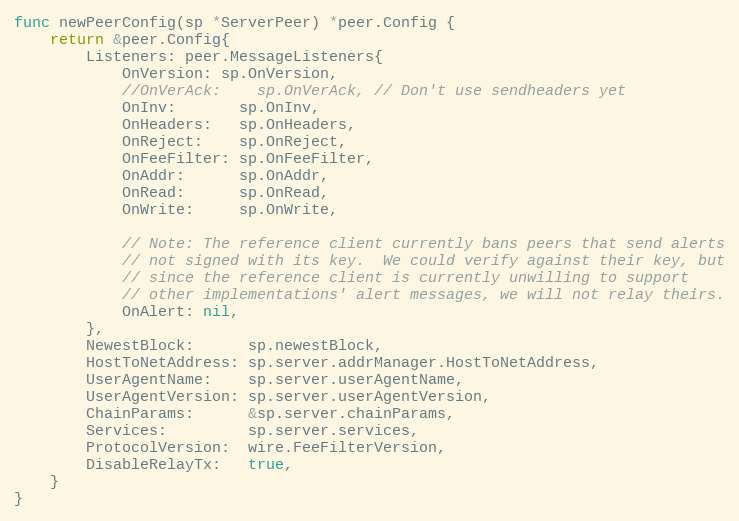
Language: Go
func newPeerConfig(sp *ServerPeer) *peer.Config {
	return &peer.Config{
		Listeners: peer.MessageListeners{
			OnVersion: sp.OnVersion,
			//OnVerAck:    sp.OnVerAck, // Don't use sendheaders yet
			OnInv:       sp.OnInv,
			OnHeaders:   sp.OnHeaders,
			OnReject:    sp.OnReject,
			OnFeeFilter: sp.OnFeeFilter,
			OnAddr:      sp.OnAddr,
			OnRead:      sp.OnRead,
			OnWrite:     sp.OnWrite,

			// Note: The reference client currently bans peers that send alerts
			// not signed with its key.  We could verify against their key, but
			// since the reference client is currently unwilling to support
			// other implementations' alert messages, we will not relay theirs.
			OnAlert: nil,
		},
		NewestBlock:      sp.newestBlock,
		HostToNetAddress: sp.server.addrManager.HostToNetAddress,
		UserAgentName:    sp.server.userAgentName,
		UserAgentVersion: sp.server.userAgentVersion,
		ChainParams:      &sp.server.chainParams,
		Services:         sp.server.services,
		ProtocolVersion:  wire.FeeFilterVersion,
		DisableRelayTx:   true,
	}
}